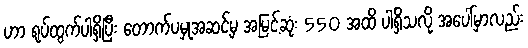
ဟာ ရုပ်ထွက်ပါရှိပြီး တောက်ပမှုအဆင့်မှ အမြင့်ဆုံး 550 အထိ ပါရှိသလို အပေါ်မှာလည်း